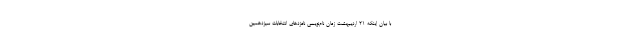
با بیان اینکه ۲۱ اردیبهشت زمان نام‌نویسی نامزدهای انتخابات سیزدهمین